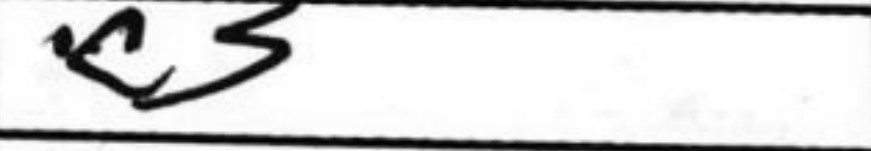
Transcription: c3